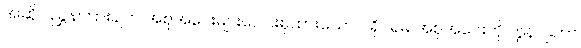
အဆိုပါညွှန်ကြားချက် အစုအဝေးများပေါင်းစုထားသော ပရိုဂရမ် အစုအဝေးကို ကွန်ပျူတာ